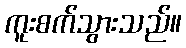
ကူးစက်သွားသည်။